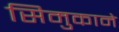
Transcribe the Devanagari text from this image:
सिमुकाने